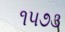
૧૫૭૩